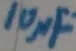
Text: 10µF